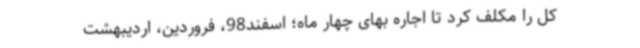
کل را مکلف کرد تا اجاره بهای چهار ماه؛ اسفند98، فروردین، اردیبهشت